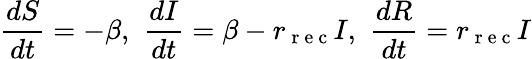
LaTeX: \frac{dS}{dt}=-\beta,\, \, \frac{dI}{dt}=\beta-r_{\mathrm{~r~e~c~}}I,\, \, \frac{dR}{dt}=r_{\mathrm{~r~e~c~}}I